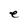
Character: e